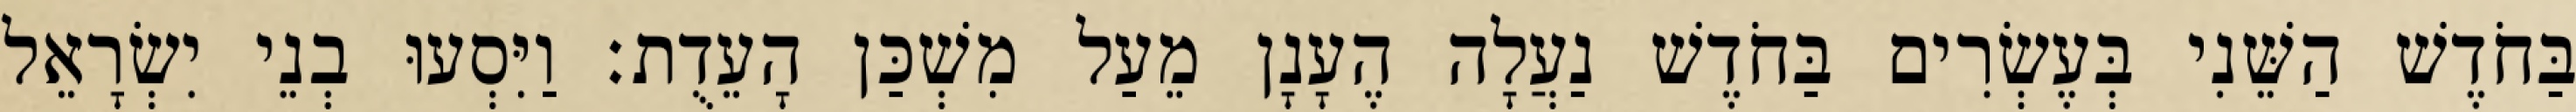
בַּחֹדֶשׁ הַשֵּׁנִי בְּעֶשְׂרִים בַּחֹדֶשׁ נַעֲלָה הֶעָנָן מֵעַל מִשְׁכַּן הָעֵדֻת׃ וַיִּסְעוּ בְנֵי יִשְׂרָאֵל